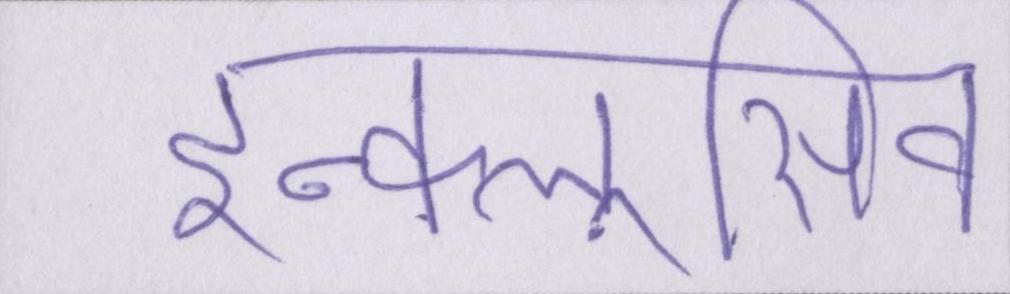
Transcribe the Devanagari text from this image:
इन्क्लूसिव